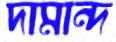
দামান্দ